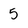
Character: 5